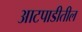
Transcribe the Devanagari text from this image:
आटपाडीतील